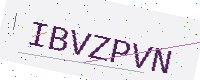
Text: IBVZPVN